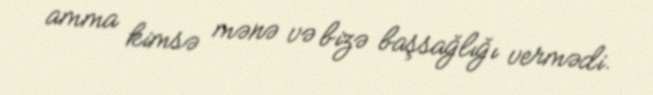
amma kimsə mənə və bizə başsağlığı vermədi.